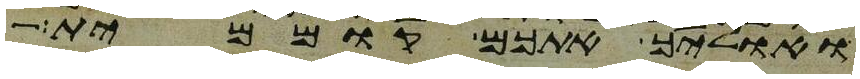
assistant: ואוליך אתכם קוממית